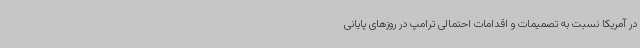
در آمریکا نسبت به تصمیمات و اقدامات احتمالی ترامپ در روزهای پایانی